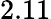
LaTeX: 2.11